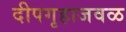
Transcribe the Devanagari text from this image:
दीपगृहाजवळ